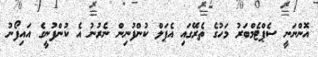
އޮންނަނީ ސެޕްޓެމްބަރު މަހުގެ ތެރޭގައި އެޕަލް ކުންފުނިން ނެރުނު އެ ކުންފުނީގެ އައިފޯނު